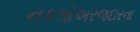
નકલોઅરજદારના